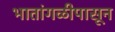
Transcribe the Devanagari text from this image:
भातांगळीपासून